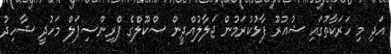
އަދި މި ހަރަކާތުގައި ޝުއުރޫ ފާޅުކުރަމުން ޖަލާލުއްދީން ސްކޫލްގެ ޕްރިންސިޕަލް މަހުދީ ޝާހިދު